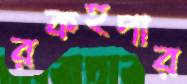
রকহপার